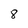
Character: 8